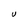
Character: U